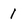
Character: 1